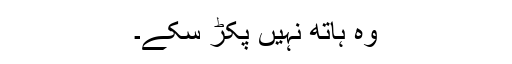
وہ ہاتھ نہیں پکڑ سکے۔